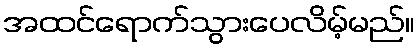
အထင်ရောက်သွားပေလိမ့်မည်။